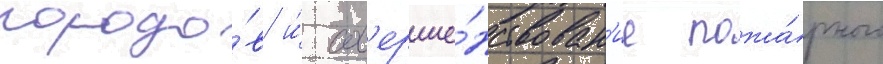
городо́в и́ сов'ерше́нствован'ие пожа́рного